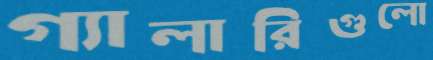
গ্যালারিগুলো